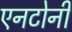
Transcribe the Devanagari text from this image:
एनटोनी